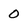
Character: 0